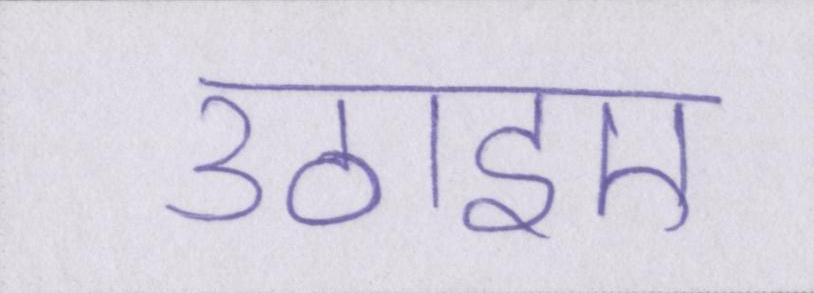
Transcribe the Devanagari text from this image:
उठाइए